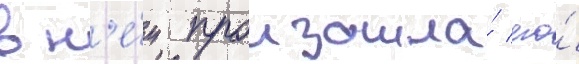
в н'е́м произошла́ его́